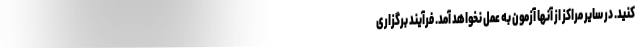
کنید. در سایر مراکز از آنها آزمون به عمل نخواهد آمد. فرآیند برگزاری